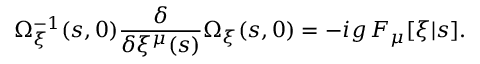
\Omega _ { \xi } ^ { - 1 } ( s , 0 ) { \frac { \delta } { \delta \xi ^ { \mu } ( s ) } } \Omega _ { \xi } ( s , 0 ) = - i g \, F _ { \mu } [ \xi | s ] .